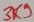
Text: 3K9